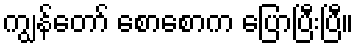
ကျွန်တော် စောစောက ပြောပြီးပြီ။